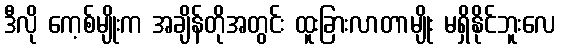
ဒီလို ကေ့စ်မျိုးက အချိန်တိုအတွင်း ထူးခြားလာတာမျိုး မရှိနိုင်ဘူးလေ